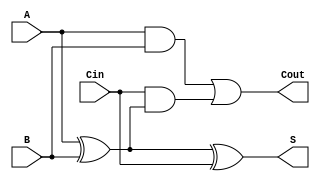
module RippleCarryFullAdder (
    input wire A,      // First binary digit
    input wire B,      // Second binary digit
    input wire Cin,    // Carry input from the previous stage
    output wire S,     // Sum output
    output wire Cout   // Carry output to the next stage
);

    // Intermediate wires for the XOR operations
    wire AxorB;

    // First XOR gate: A  B
    assign AxorB = A ^ B;

    // Second XOR gate: (A  B)  Cin to get the sum (S)
    assign S = AxorB ^ Cin;

    // Carry-out (Cout) calculation
    assign Cout = (A & B) | (Cin & AxorB);

endmodule